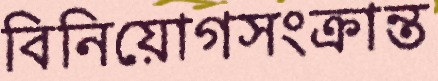
বিনিয়োগসংক্রান্ত